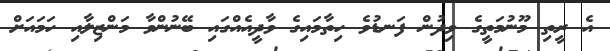
އެ ރީތި މޫނުމަތީގެ ވިދުން ފަނޑުވެ ހިތާމައިގެ ވާދީއެއްގައި ބޭނުންވާ މަންޒިލާއި ހަމައަށް